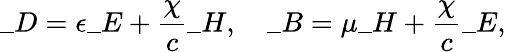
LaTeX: \_ D=\epsilon\_ E+\frac{\chi}{c}\_ H,\quad\_ B=\mu\_ H+\frac{\chi}{c}\_ E,